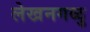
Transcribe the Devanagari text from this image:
लेखनगळु